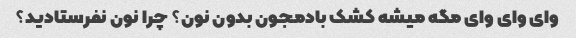
وای وای وای مگه میشه کشک بادمجون بدون نون؟ چرا نون نفرستادید؟